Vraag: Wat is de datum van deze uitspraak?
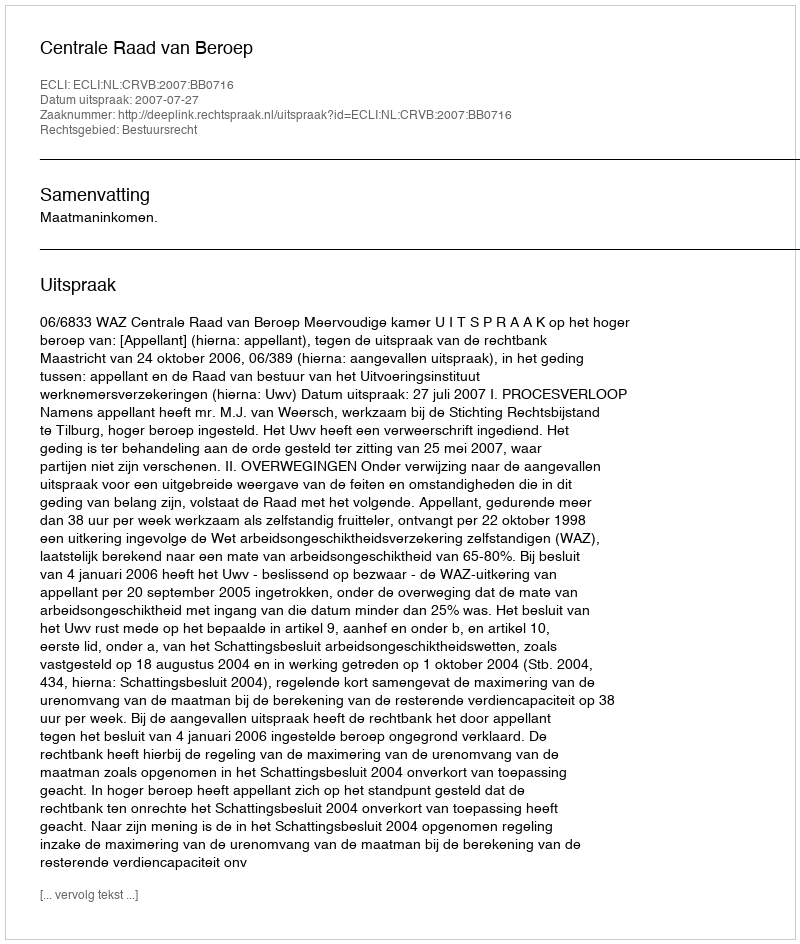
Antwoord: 2007-07-27